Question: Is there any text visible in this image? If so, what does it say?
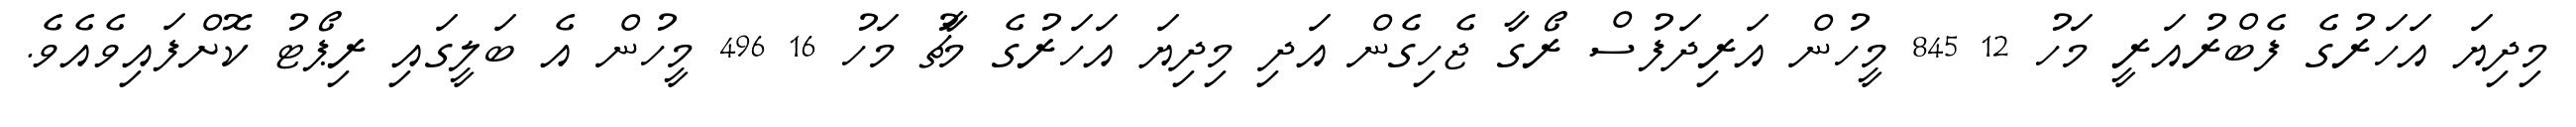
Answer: މިދިޔަ އަހަރުގެ ފެބްރުއަރީ މަހު 12 845 މީހުން އަރިދަފުސް ރޯގާ ޖެހިގެން އަދި މިދިޔަ އަހަރުގެ މާޗު މަހު 16 496 މީހުން އެ ބަލީގައި ރިޕޯޓު ކޮށްފައިވެއެވެ.